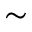
\sim